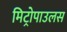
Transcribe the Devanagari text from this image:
मिट्रोपाउलस